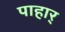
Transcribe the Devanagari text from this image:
पाहार्